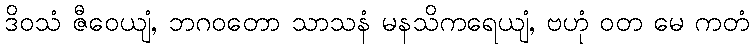
ဒိဝသံ ဇီဝေယျံ, ဘဂဝတော သာသနံ မနသိကရေယျံ, ဗဟုံ ဝတ မေ ကတံ